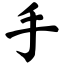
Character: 手